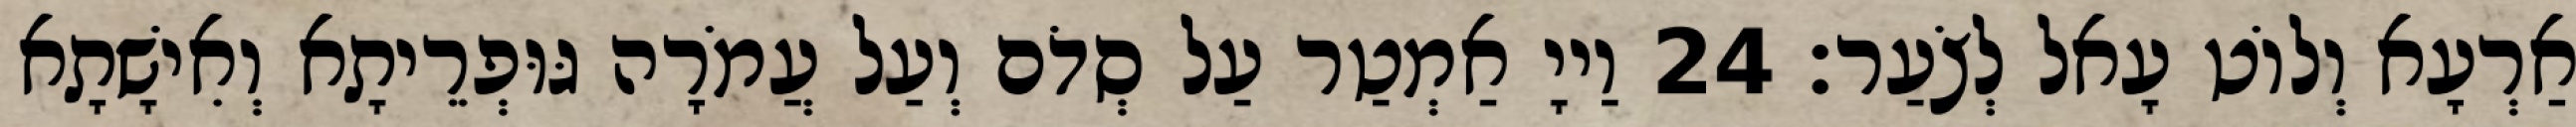
אַרְעָא וְלוֹט עָאל לְצֹעַר׃ 24 וַייָ אַמְטַר עַל סְדֹם וְעַל עֲמֹרָה גּוּפְרֵיתָא וְאִישָׁתָא